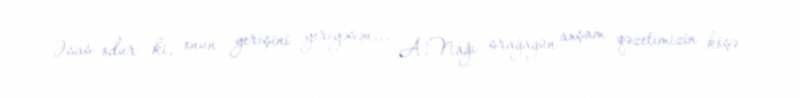
Əsas odur ki, onun yerişini yeriyəsən... A.Nağı srağagün axşam qəzetimizin köşə